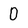
Character: 0